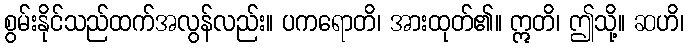
စွမ်းနိုင်သည်ထက်အလွန်လည်း။ ပကရောတိ၊ အားထုတ်၏။ ဣတိ၊ ဤသို့။ ဆဟိ၊